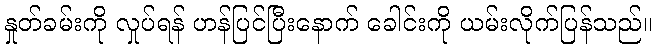
နှုတ်ခမ်းကို လှုပ်ရန် ဟန်ပြင်ပြီးနောက် ခေါင်းကို ယမ်းလိုက်ပြန်သည်။